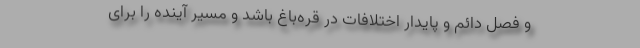
و فصل دائم و پایدار اختلافات در قره‌باغ باشد و مسیر آینده را برای